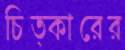
চিত্কারের